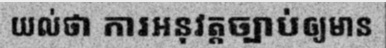
យល់ថា ការអនុវត្តច្បាប់ឲ្យមាន